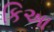
કિઆ